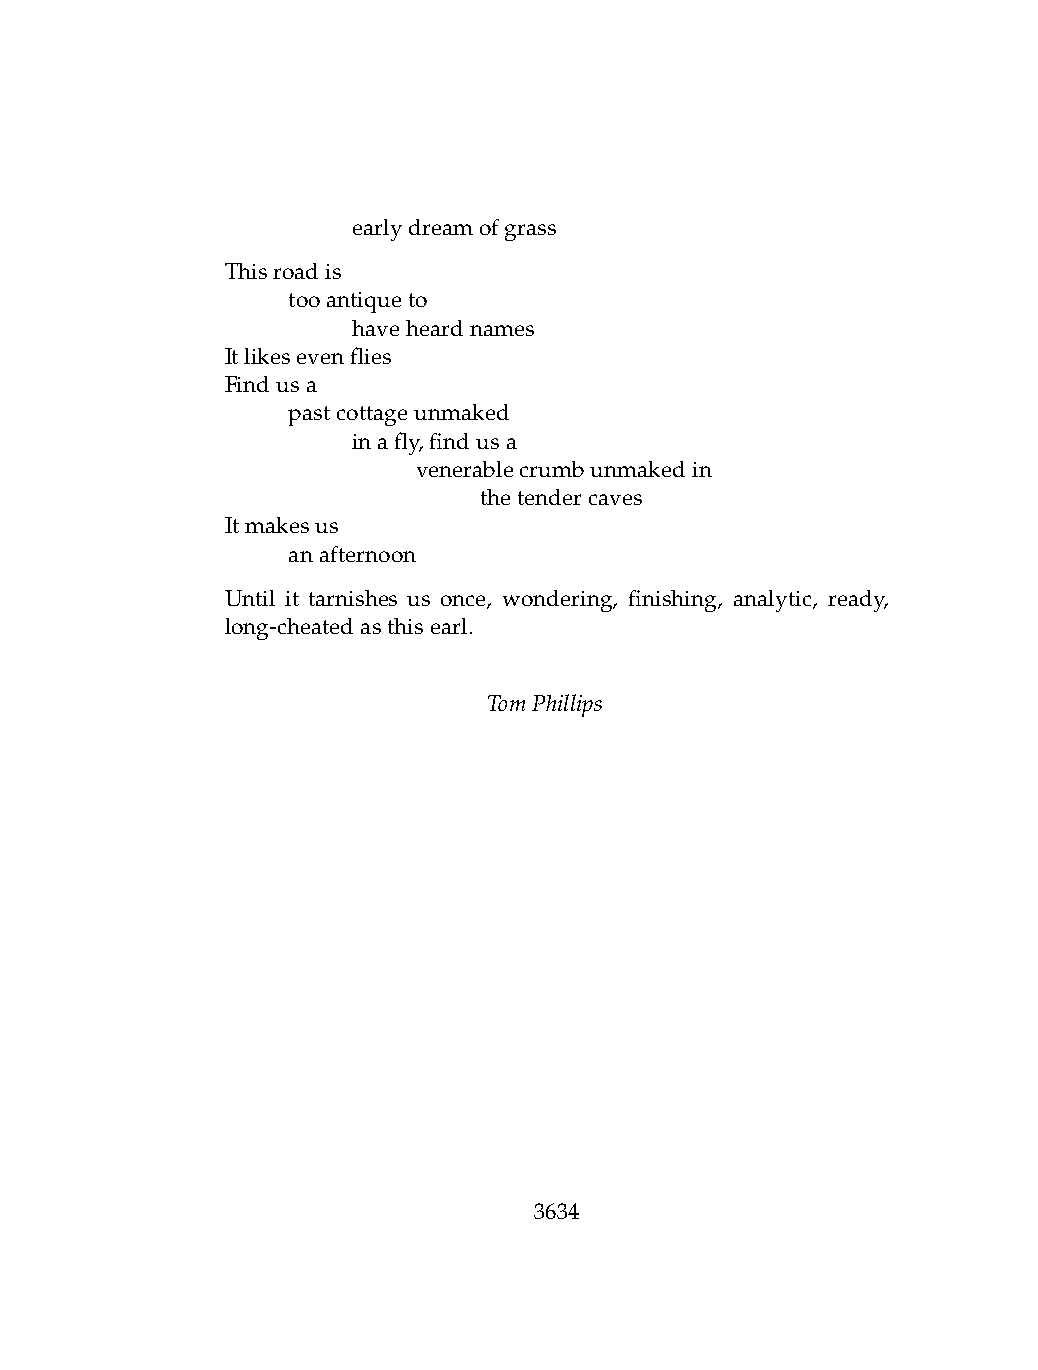
.   .   earlydreamofgrass
 Thisroadis
 .   tooantiqueto
 .   .   haveheardnames
 Itlikesevenflies
 Findusa
 .   pastcottageunmaked
 .   .   inafly,findusa
 .   .   .    venerablecrumbunmakedin
 .   .   .    .   thetendercaves
 Itmakesus
 .   anafternoon
 Until it tarnishes us once, wondering, finishing, analytic, ready,
 long-cheatedasthisearl.
 TomPhillips
 3634